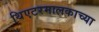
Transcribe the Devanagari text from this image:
थिएटरमालकाच्या